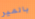
بالمير